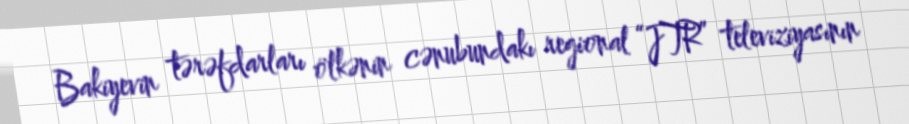
Bakiyevin tərəfdarları ölkənin cənubundakı regional “JTR” televiziyasının